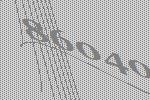
86040